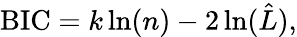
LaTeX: \mathrm{BIC}=k\ln(n)-2\ln(\hat{L}),